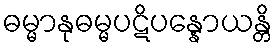
ဓမ္မာနုဓမ္မပဋိပန္နောယန္တိ